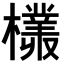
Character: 𣞞